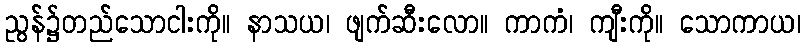
ညွန်၌တည်သောငါးကို။ နာသယ၊ ဖျက်ဆီးလော။ ကာကံ၊ ကျီးကို။ သောကာယ၊